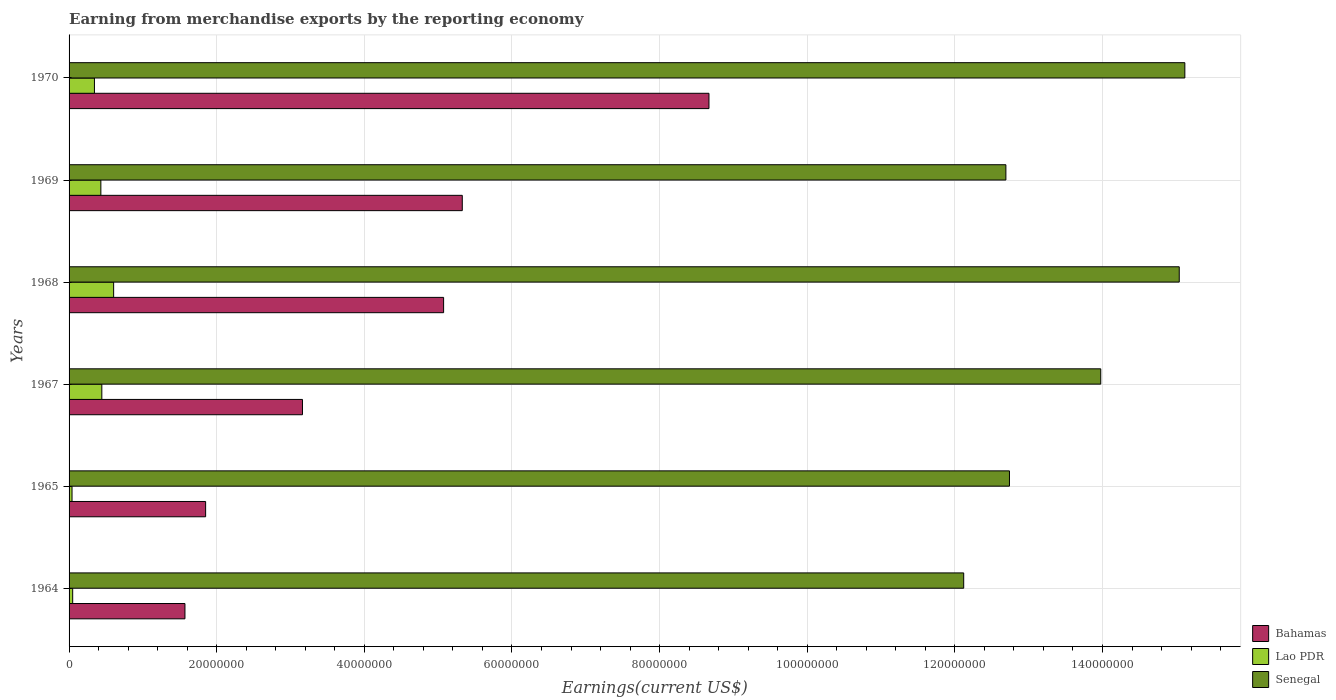
| Years | Bahamas | Lao PDR | Senegal |
 | --- | --- | --- | --- |
 | 1964 | 1.57e+07 | 4.9e+05 | 1.21e+08 |
 | 1965 | 1.85e+07 | 4e+05 | 1.27e+08 |
 | 1967 | 3.16e+07 | 4.44e+06 | 1.4e+08 |
 | 1968 | 5.07e+07 | 6.04e+06 | 1.5e+08 |
 | 1969 | 5.33e+07 | 4.31e+06 | 1.27e+08 |
 | 1970 | 8.67e+07 | 3.44e+06 | 1.51e+08 |